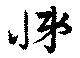
悌